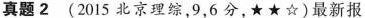
真题2(2015北京理综，9，6分，★★☆)最新报